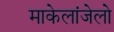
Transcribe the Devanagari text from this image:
माकेलांजेलो